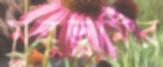
মরুভুমির